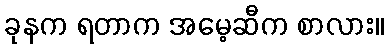
ခုနက ရတာက အမေ့ဆီက စာလား။